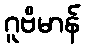
ဂူဗိမာန်